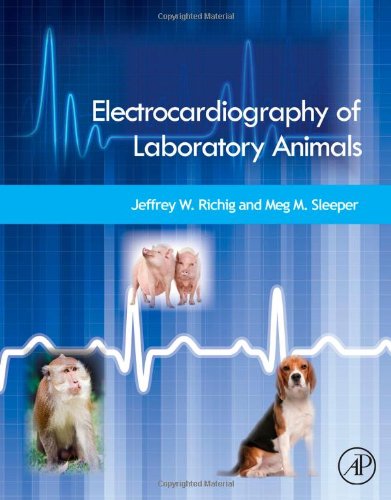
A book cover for Electrocardiography of Laboratory Animals; Jeffrey W. Richig; Medical Books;